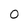
Character: 0